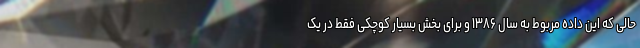
حالی که این داده مربوط به سال ۱۳۸۶ و برای بخش بسیار کوچکی فقط در یک